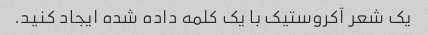
یک شعر آکروستیک با یک کلمه داده شده ایجاد کنید.